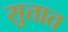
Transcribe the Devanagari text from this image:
सुतात